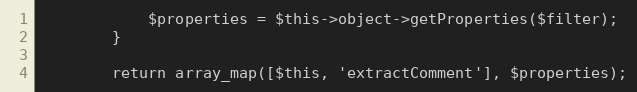
Language: PHP
            $properties = $this->object->getProperties($filter);
        }

        return array_map([$this, 'extractComment'], $properties);